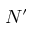
N ^ { \prime }